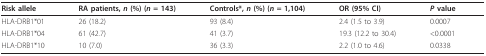
<table><thead><tr><td><b>Risk allele</b></td><td><b>RA patients, <i>n </i>(%) (<i>n </i>= 143)</b></td><td><b>Controls*, <i>n </i>(%) (<i>n </i>= 1,104)</b></td><td><b>OR (95% CI)</b></td><td><b><i>P </i>value</b></td></tr></thead><tbody><tr><td>HLA-DRB1*01</td><td>26 (18.2)</td><td>93 (8.4)</td><td>2.4 (1.5 to 3.9)</td><td>0.0007</td></tr><tr><td>HLA-DRB1*04</td><td>61 (42.7)</td><td>41 (3.7)</td><td>19.3 (12.2 to 30.4)</td><td>&lt;0.0001</td></tr><tr><td>HLA-DRB1*10</td><td>10 (7.0)</td><td>36 (3.3)</td><td>2.2 (1.0 to 4.6)</td><td>0.0338</td></tr></tbody></table>